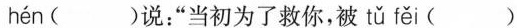
hén( )说：”当初为了救你，被 tǔ fěi ( )